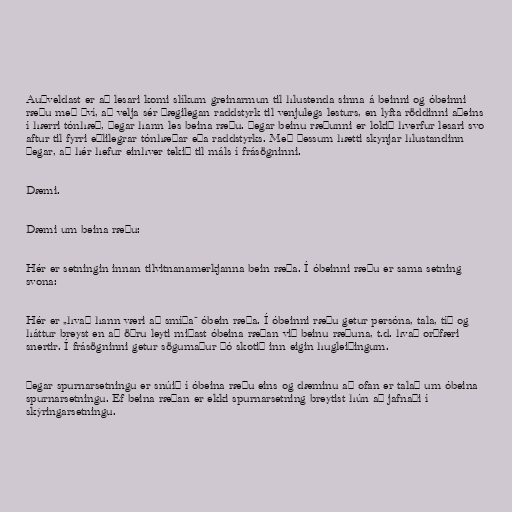
Auðveldast er að lesari komi slíkum greinarmun til hlustenda sinna á beinni og óbeinni
ræðu með því, að velja sér þægilegan raddstyrk til venjulegs lesturs, en lyfta röddinni aðeins
í hærri tónhæð, þegar hann les beina ræðu. Þegar beinu ræðunni er lokið hverfur lesari svo
aftur til fyrri eðlilegrar tónhæðar eða raddstyrks. Með þessum hætti skynjar hlustandinn
þegar, að hér hefur einhver tekið til máls í frásögninni.

Dæmi.

Dæmi um beina ræðu:

Hér er setningin innan tilvitnanamerkjanna bein ræða. Í óbeinni ræðu er sama setning
svona:

Hér er „hvað hann væri að smíða“ óbein ræða. Í óbeinni ræðu getur persóna, tala, tíð og
háttur breyst en að öðru leyti miðast óbeina ræðan við beinu ræðuna, t.d. hvað orðfæri
snertir. Í frásögninni getur sögumaður þó skotið inn eigin hugleiðingum.

Þegar spurnarsetningu er snúið í óbeina ræðu eins og dæminu að ofan er talað um óbeina
spurnarsetningu. Ef beina ræðan er ekki spurnarsetning breytist hún að jafnaði í
skýringarsetningu.